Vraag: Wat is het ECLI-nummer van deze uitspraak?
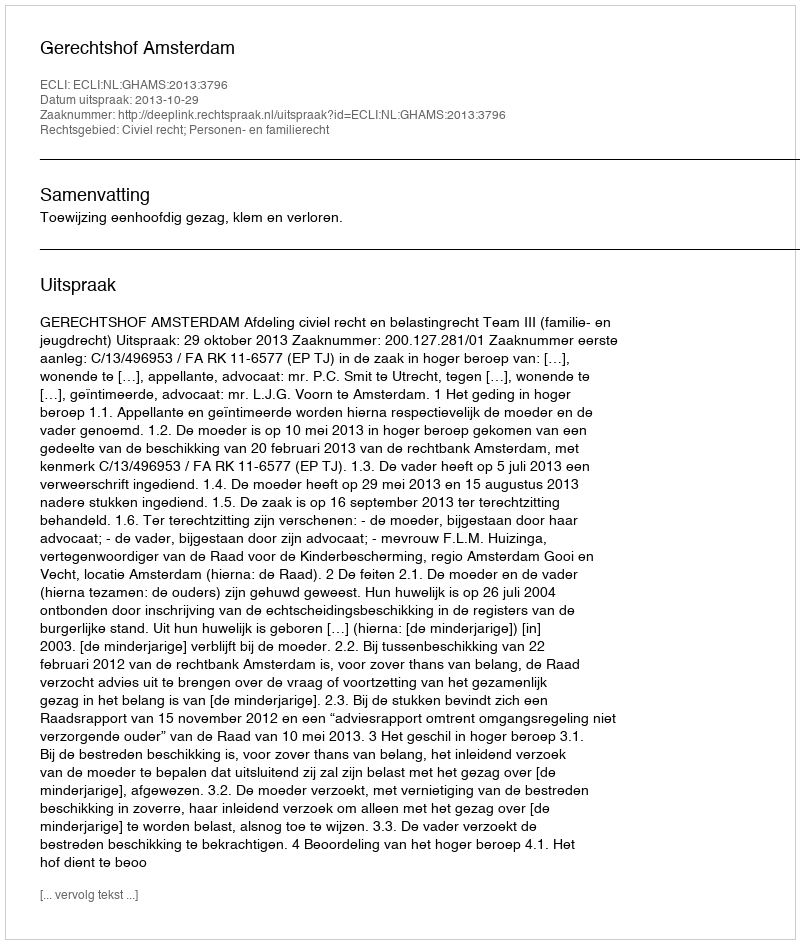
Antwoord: ECLI:NL:GHAMS:2013:3796